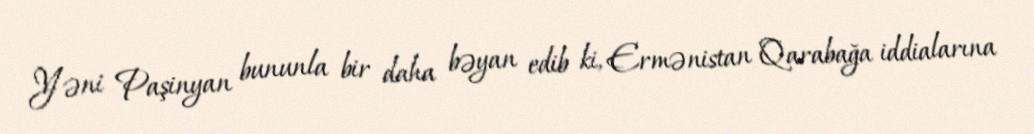
Yəni Paşinyan bununla bir daha bəyan edib ki, Ermənistan Qarabağa iddialarına